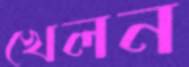
খেলন